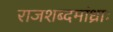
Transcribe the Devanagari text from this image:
राजशब्दमांध्राः